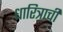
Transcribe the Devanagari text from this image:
धारित्राची